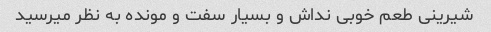
شیرینی طعم خوبی نداش و بسیار سفت و مونده به نظر میرسید